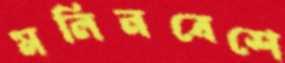
মলিনবেশে